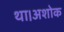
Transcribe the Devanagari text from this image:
था।अशोक